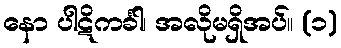
နော ပါဋိကင်္ခါ၊ အလိုမရှိအပ်။ (၁)